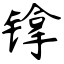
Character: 镎